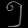
Digit: ၅